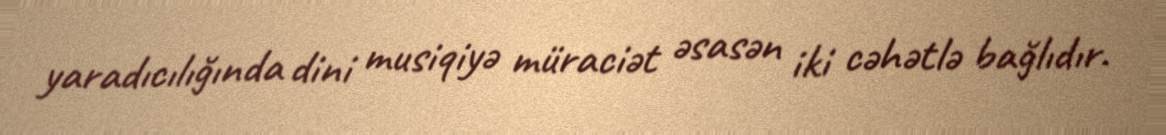
yaradıcılığında dini musiqiyə müraciət əsasən iki cəhətlə bağlıdır.